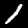
Digit: 1